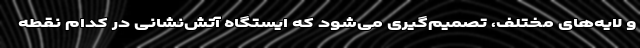
و لایه‌های مختلف، تصمیم‌گیری می‌شود که ایستگاه آتش‌نشانی در کدام نقطه